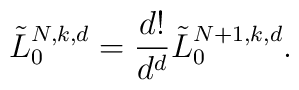
\tilde{L}_{0}^{N,k,d}=\frac{d!}{d^{d}}\tilde{L}_{0}^{N+1,k,d}.